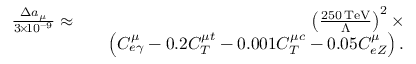
\begin{array} { r l r } { \frac { \Delta a _ { \mu } } { 3 \! \times \! 1 0 ^ { - 9 } } \approx } & { } & { \left( \frac { 2 5 0 \, \mathrm { T e V } } { \Lambda } \right) ^ { 2 } \times } \\ & { } & { \left( C _ { e \gamma } ^ { \mu } - 0 . 2 C _ { T } ^ { \mu t } - 0 . 0 0 1 C _ { T } ^ { \mu c } - 0 . 0 5 C _ { e Z } ^ { \mu } \right) . } \end{array}